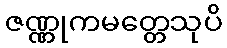
ဇဏ္ဏုကမတ္တေသုပိ